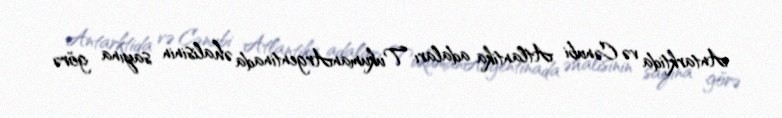
Antarktida və Cənubi Atlantika adaları TukumanArgentinada əhalisinin sayına görə